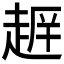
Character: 𮚺